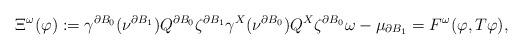
LaTeX: \begin{align*}\Xi^{\omega}(\varphi):= \gamma^{\partial B_0}(\nu^{\partial B_1})Q^{\partial B_0}\zeta^{\partial B_1}\gamma^{X}(\nu^{\partial B_0})Q^{X}\zeta^{\partial B_0}\omega-\mu_{\partial B_1}=F^{\omega}(\varphi,T\varphi),\end{align*}